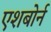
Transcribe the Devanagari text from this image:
एशबोर्न